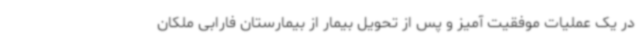
در یک عملیات موفقیت آمیز و پس از تحویل بیمار از بیمارستان فارابی ملکان